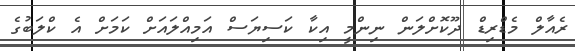
ރެއާލް މެޑްރިޑް ދޫކޮށްލަން ނިންމީ އިކާ ކަސިޔަސް އަމިއްލައަށް ކަމަށް އެ ކްލަބުގެ